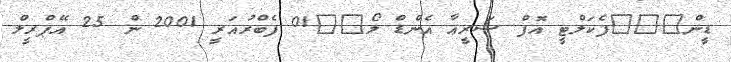
ޑީން			ފެކަލްޓީ އޮފް ޝަރީޢާ އެންޑް ލޯ		01 ފެބްރުއަރީ 2001 ން 25 އޭޕްރީލް